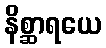
နိစ္ဆာရယေ